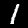
Label: 1